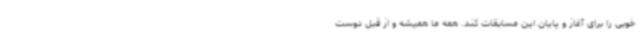
خوبی را برای آغاز و پایان این مسابقات کند. همه ما همیشه و از قبل دوست